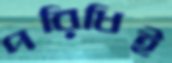
পরিধিই